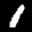
Label: 1